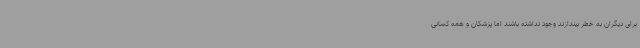
برای دیگران به خطر بیندازند وجود نداشته باشند اما پزشکان و همه کسانی